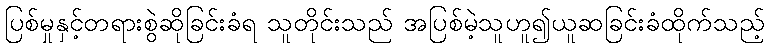
ပြစ်မှုနှင့်တရားစွဲဆိုခြင်းခံရ သူတိုင်းသည် အပြစ်မဲ့သူဟူ၍ယူဆခြင်းခံထိုက်သည့်